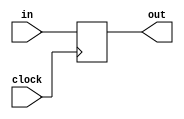
`timescale 1ns / 1ps
//////////////////////////////////////////////////////////////////////////////////
// Company: 
// Engineer: 
// 
// Design Name: 
// Module Name: pc
// Project Name: 
// Target Devices: 
// Tool Versions: 
// Description: 
// 
// Dependencies: 
// 
// Revision:
// Revision 0.01 - File Created
// Additional Comments:
// 
//////////////////////////////////////////////////////////////////////////////////


module pc(
    input clock,
    input [5:0] in,
    output reg [5:0] out
    );
	
    always @(posedge clock)
        out <= in;
        
endmodule